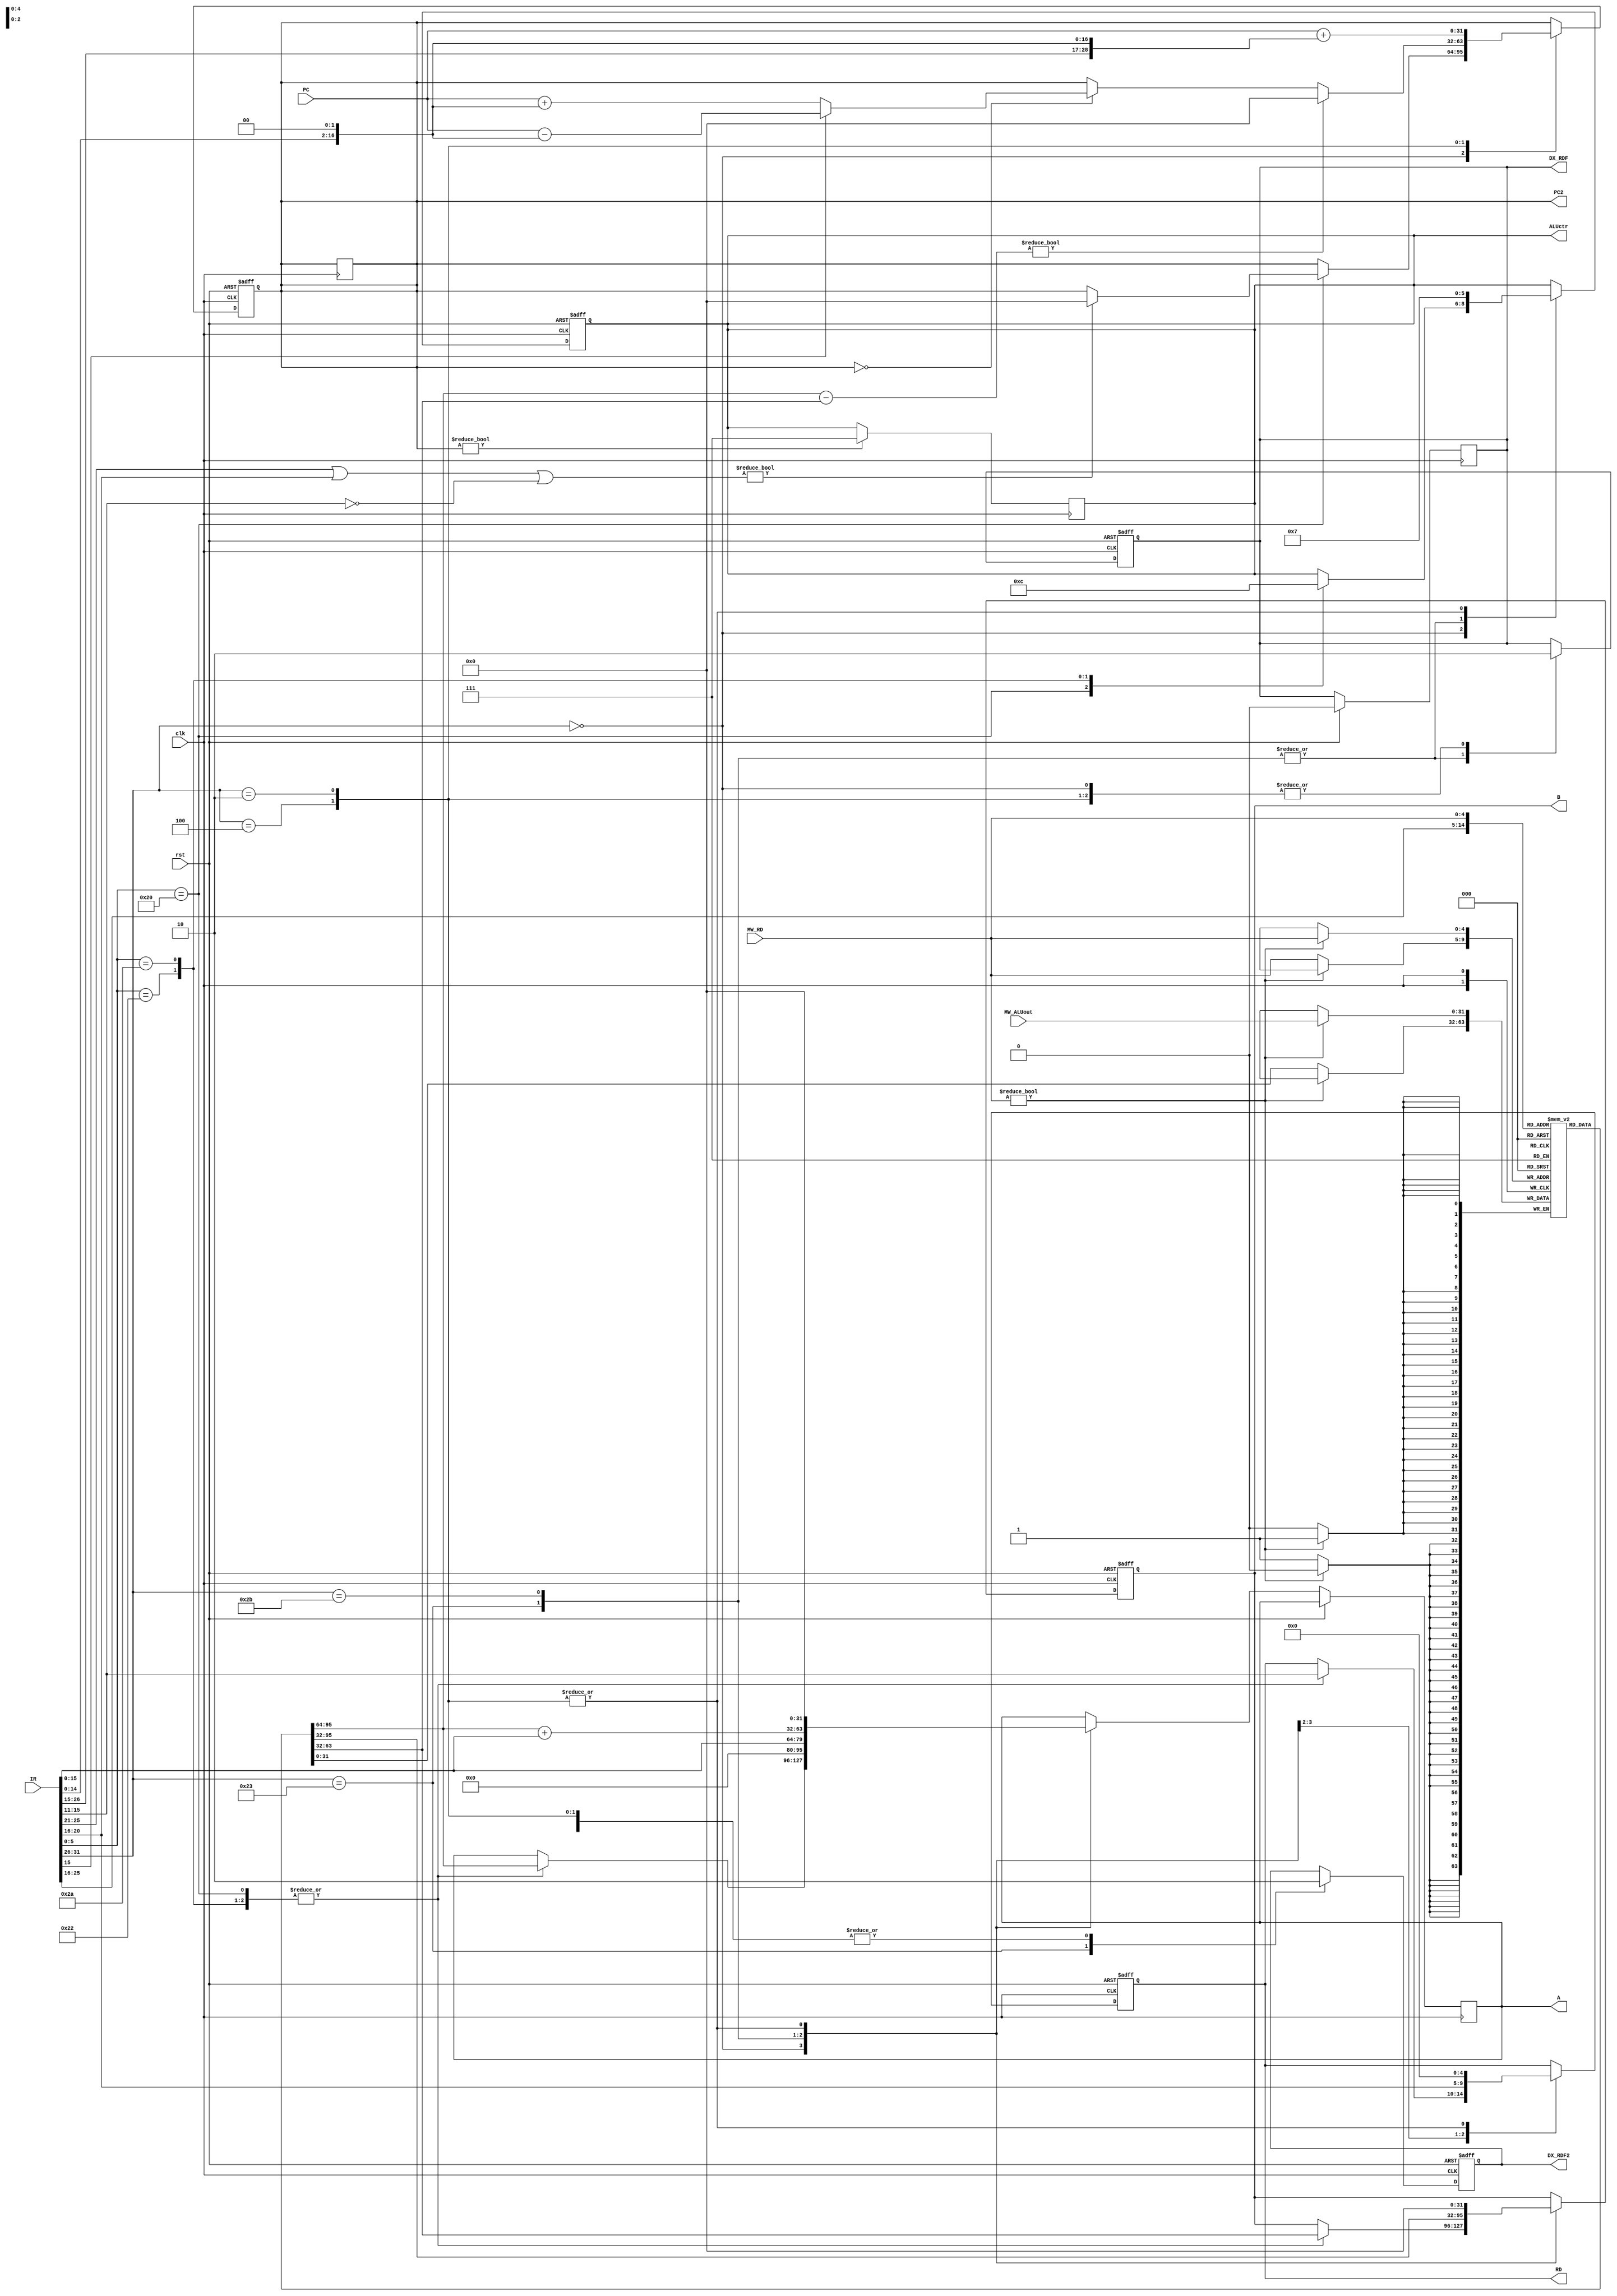
`timescale 1ns/1ps

module INSTRUCTION_DECODE(
	clk,
	rst,
	IR,
	PC,
	MW_RD,
	MW_ALUout,

	
	A,
	B,
	RD,
	ALUctr,
	DX_RDF,
	DX_RDF2,
	PC2
);

input clk,rst;
input [31:0]IR, PC, MW_ALUout;
input [4:0] MW_RD;

output reg [31:0] A, B,PC2;
output reg [4:0] RD;
output reg [2:0] ALUctr;
output reg DX_RDF,DX_RDF2;

//register file
reg [31:0] REG [0:31];

//Write back
always @(posedge clk) begin//add new Dst REG source here
	if(MW_RD) begin
		REG[MW_RD] <= MW_ALUout;
		$display("Write %d into REG[%d]",MW_ALUout,MW_RD);
	end
	else
	  REG[MW_RD] <= REG[MW_RD];//keep REG[0] always equal zero
end
//set A, and other register content(j/beq flag and address)	

always @(posedge clk ) begin
	if (rst)
		DX_RDF <= 0;
	else 
		DX_RDF <= DX_RDF;
end

//set control signal, choose Dst REG, and set B	
always @(posedge clk or posedge rst)
begin
	if(rst) 
	  begin
		B 		<=32'b0;
		RD 		<=5'b0; // DX_RD in EXECUTION.v
		ALUctr 	<=3'b0;
		DX_RDF <= 0;
		DX_RDF2 <= 0;
		PC2 <= 0;
	  end 
	else 
	  begin
	 	case(IR[31:26])
		  6'd0://R-Type
		    begin
		      DX_RDF <= 0;
			  case(IR[5:0])//funct & setting ALUctr
				6'd32://add
				  begin
				  	if(IR[25:21]|IR[20:16]|IR[15:11] == 0) begin PC2 <= 0; end
				  	A <= REG[IR[25:21]];
		            B <= REG[IR[20:16]];
		            RD <= IR[15:11];
		            
		            ALUctr <= 3'd0; //self define ALUctr value
				  end
				6'd34://sub
				  begin
					A <= REG[IR[25:21]];
		            B <= REG[IR[20:16]];
		            RD <= IR[15:11];
					ALUctr <= 3'd1; //self define ALUctr value
				  end
				6'd42://slt
				  begin
				  	A <= REG[IR[25:21]];
		            B <= REG[IR[20:16]];
		            RD <= IR[15:11];
                    ALUctr <= 3'd4;
				  end
			  endcase
			end
	      
	      6'd35: begin  //lw
				A	<=  { 16'd0,IR[15:0] };
				B	<=	REG[IR[25:21]];
				RD  <=  IR[20:16];
				ALUctr <= 3'd0;
				DX_RDF <= 1;
				DX_RDF2 <= 1;
			end
	      
	      6'd43://sw
			begin
				A  <=  {REG[IR[25:21]]+{16'b0,IR[15:0]}};
				B  <=  REG[IR[20:16]];
				DX_RDF <= 1;
				DX_RDF2 <= 0;
				ALUctr <= 3'd0;
			end

	      6'd4://beq
			begin
			
			  if( { REG[IR[25:21]] - REG[IR[20:16]] } != 32'b00000_00000_00000_00000_00000_00000_00) begin // not equal
			  		PC2 <= 0;
			  end
			  else begin
			  		if(PC2 == 0) begin
			  			PC2 <= (IR[15])?{ PC - (IR[14:0] << 2 )}:{ PC + (IR[14:0] << 2 )};
			  		end
			  end
			  	
              A <= 0;     
			  DX_RDF <= 0;
			  DX_RDF2 <= 0;
			  B <= 0;
              RD <= 0;
			  ALUctr = 3'd7;	
			end
	      
	      6'd2://j
			begin
			  	PC2 <= {PC + (IR[26:0] << 2 )};// + PC[31:28]};
            	A <= 0;
            	DX_RDF <= 0;
				DX_RDF2 <= 0;
				B <= 0;
            	RD <= 0;
            	ALUctr = 3'd7;	
                
			end
		endcase
	  end
end

always @(posedge clk) begin
	if (PC2) begin
		ALUctr = 3'd7;		
	end
	else 
		PC2 <= PC2;

end
endmodule